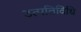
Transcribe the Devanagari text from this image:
उत्पतिविधि